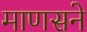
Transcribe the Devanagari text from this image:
माणसने